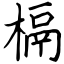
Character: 槅